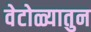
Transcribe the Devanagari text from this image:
वेटोळ्यातुन